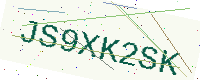
Text: JS9XK2SK